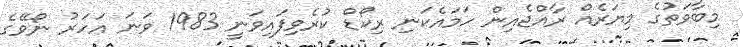
މިބާވަތުގެ މިޔަރެއް ރާއްޖެއިން ހަމައެކަނި ރިކޯޑް ކުރެވިފައިވަނީ 1983 ވަނަ އަހަރު ނޯވޭގެ